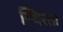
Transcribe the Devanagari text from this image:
स्थिरता